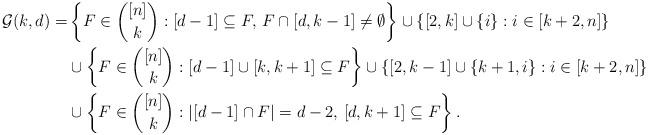
LaTeX: \begin{align*}\mathcal G(k,d)= &\left\{F\in\binom{[n]}{k}:[d-1]\subseteq F,\, F\cap[d,k-1]\neq\emptyset\right\}\cup\{[2,k]\cup\{i\}:i\in[k+2,n]\}\\&\cup\left\{F\in\binom{[n]}{k}:[d-1]\cup[k,k+1]\subseteq F\right\}\cup\{[2,k-1]\cup\{k+1,i\}:i\in[k+2,n]\}\\&\cup\left\{F\in\binom{[n]}{k}:|[d-1]\cap F|=d-2,\, [d,k+1]\subseteq F\right\}.\end{align*}